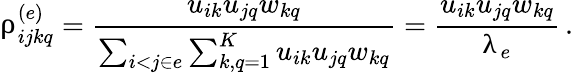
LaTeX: \uprho_{ijkq}^{(e)}=\frac{u_{ik}u_{jq}w_{kq}}{\sum_{i<j\in e}\sum_{k,q=1}^{K}u_{ik}u_{jq}w_{kq}}=\frac{u_{ik}u_{jq}w_{kq}}{\uplambda_{e}}\, .